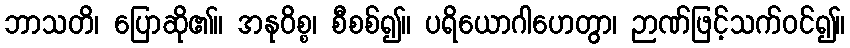
ဘာသတိ၊ ပြောဆို၏။ အနုဝိစ္စ၊ စီစစ်၍။ ပရိယောဂါဟေတွာ၊ ဉာဏ်ဖြင့်သက်ဝင်၍။